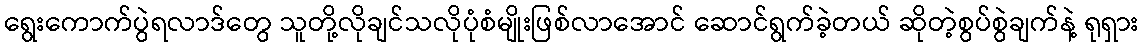
ရွေးကောက်ပွဲရလာဒ်တွေ သူတို့လိုချင်သလိုပုံစံမျိုးဖြစ်လာအောင် ဆောင်ရွက်ခဲ့တယ် ဆိုတဲ့စွပ်စွဲချက်နဲ့ ရုရှား